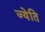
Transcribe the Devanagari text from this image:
ज्येति